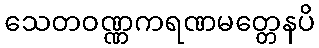
သေတဝဏ္ဏကရဏမတ္တေနပိ